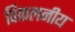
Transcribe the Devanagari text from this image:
विकलनीय